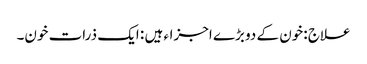
علاج :خون کے دو بڑے اجزاء ہیں : ایک ذرات خون۔